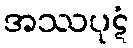
အဿပုဋံ